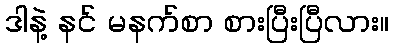
ဒါနဲ့ နင် မနက်စာ စားပြီးပြီလား။